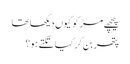
پیچھے مڑ کو کیوں دیکھا تھا
پتھر بن کر کیا تکتے ہو؟